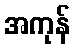
အကုန်